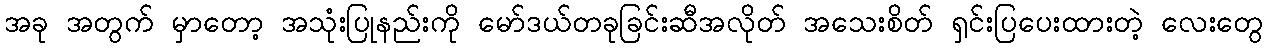
အခု အတွက် မှာတော့ အသုံးပြုနည်းကို မော်ဒယ်တခုခြင်းဆီအလိုတ် အသေးစိတ် ရှင်းပြပေးထားတဲ့ လေးတွေ